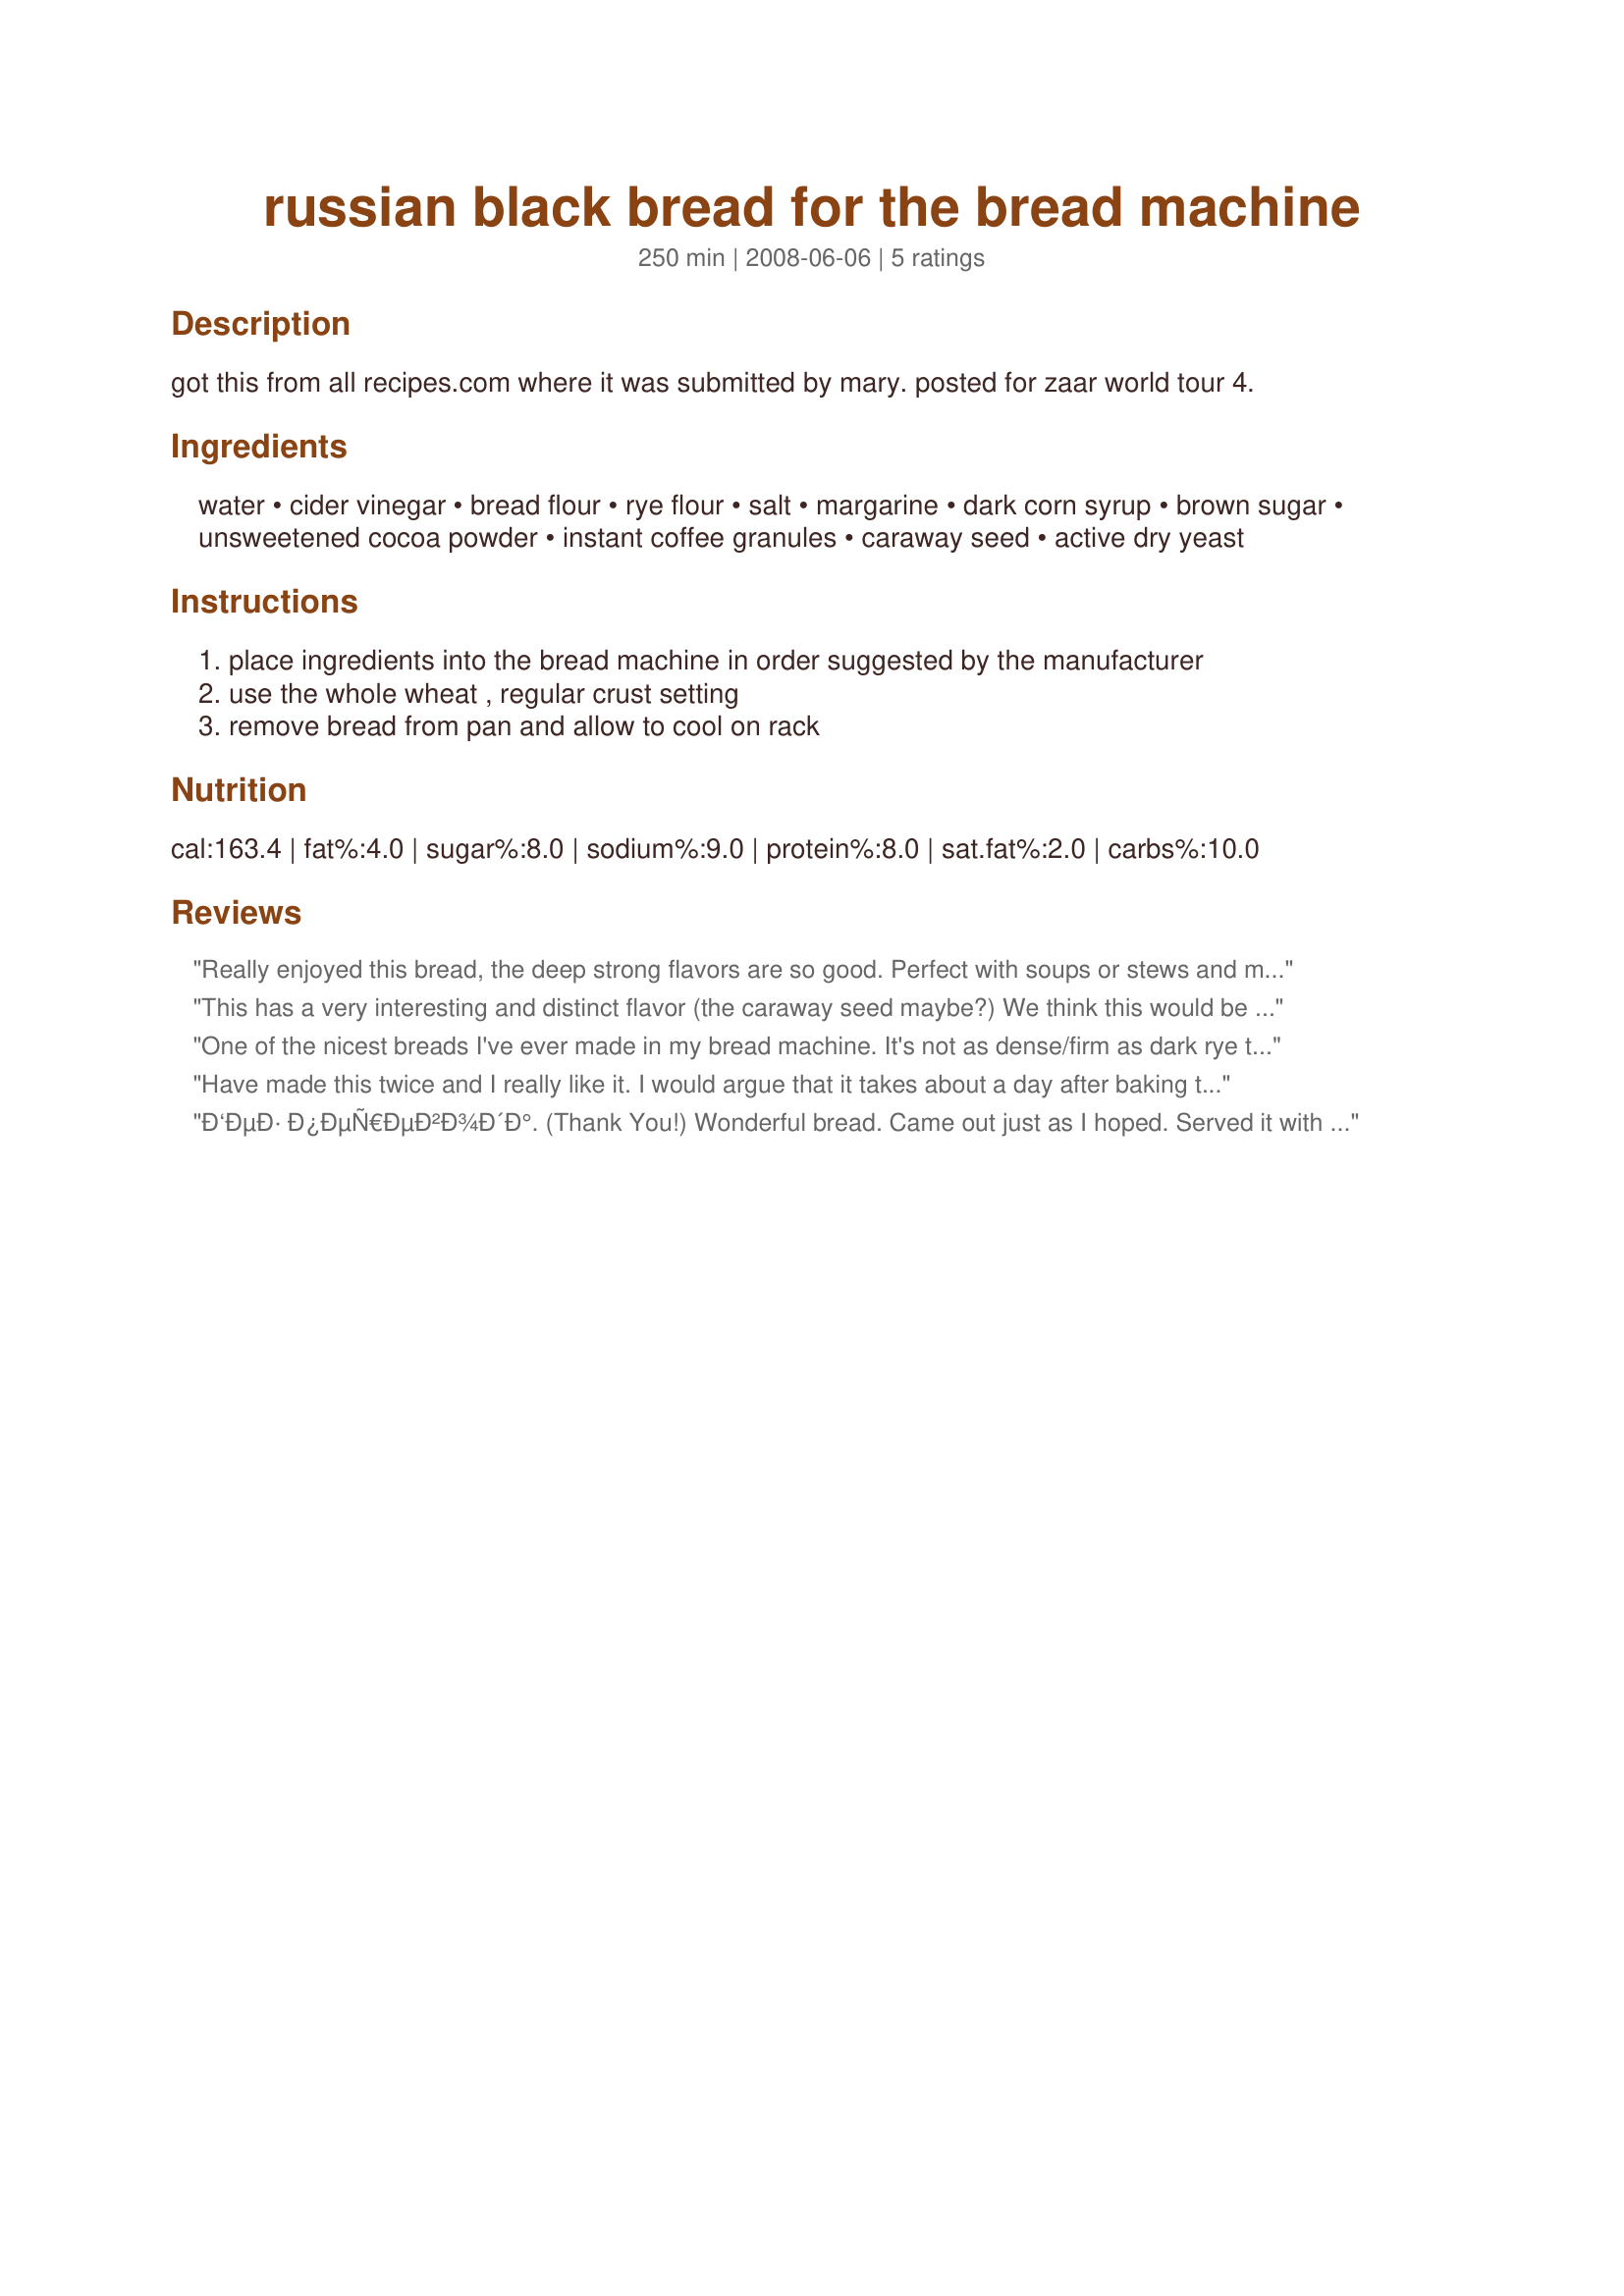
russian black bread for the bread machine
Preparation time: 250 minutes

got this from all recipes.com where it was submitted by mary. posted for zaar world tour 4.

Ingredients:
water, cider vinegar, bread flour, rye flour, salt, margarine, dark corn syrup, brown sugar, unsweetened cocoa powder, instant coffee granules, caraway seed, active dry yeast

Steps:
place ingredients into the bread machine in order suggested by the manufacturer, use the whole wheat , regular crust setting, remove bread from pan and allow to cool on rack

Reviews:
Really enjoyed this bread, the deep strong flavors are so good. Perfect with soups or stews and makes a great sandwich. Nice hearty loaf of bread! Made and reviewed for ZWT 4 - Family Picks.
This has a very interesting and distinct flavor (the caraway seed maybe?) We think this would be AWESOME to make a ham & cheese sandwich with. Made for ZWT.
One of the nicest breads I've ever made in my bread machine. It's not as dense/firm as dark rye that you get at the store, it's actually sort of soft with a somewhat crusty outside. Very easy to slice. I made it as written with two exceptions: I added no caraway seed (not a fan) and had no dark corn syrup, so I used agave nectar. You could also use 1 T add'l water with 1 T add'l brown sugar. I used 3 T agave nectar, and it turned out perfectly. I'll be making this over and over, and may try to increase the ratio of rye to wheat, as rye flour is healthier for the diabetics in my family.
By the way...you cannot taste the cocoa or the coffee in the bread, but it gives the bread a gorgeous deep color and flavor. My daughter always prefers white bread, and she loved it.
Have made this twice and I really like it. I would argue that it takes about a day after baking to really develop. Though the texture is phenomenal when served warm, that deep rye flavor didn&#039;t really register for me until it cooled down. I subbed brown sugar for molasses and left out the fennel the first time with good results.
Ð‘ÐµÐ· Ð¿ÐµÑ€ÐµÐ²Ð¾Ð´Ð°. (Thank You!)

Wonderful bread. Came out just as I hoped. Served it with recipe#305179
Perfect combination. I could make a meal off of just these two things!
Made for ZWT4
